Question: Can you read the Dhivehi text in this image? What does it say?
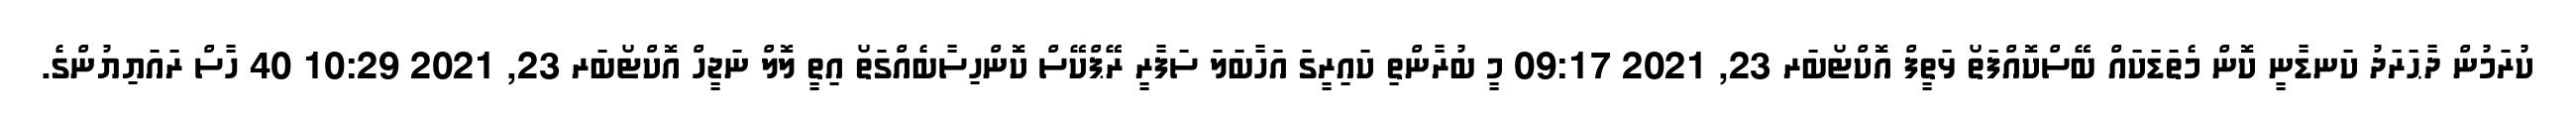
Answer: ކުރަމުން ދާޙަރަދު ކަނޑާނީ ކޮން މެތަޑަކައް ބޭސްކޮއްފަތޯ ޅަތީފް އޮކްޓޯބަރ 23, 2021 09:17 މީ ބުރާންތި ކައިރީގަ އަހާބަލަ ސަފާރީ ރޭޕްކޭސް ކޮންހިސާބެއްގަތޯ އިތީ ލޮލް ނަޖީހް އޮކްޓޯބަރ 23, 2021 10:29 40 ހާސް ރައަޔިޔުންގެ.